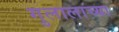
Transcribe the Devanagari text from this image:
गुलालाच्या